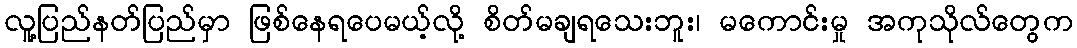
လူ့ပြည်နတ်ပြည်မှာ ဖြစ်နေရပေမယ့်လို့ စိတ်မချရသေးဘူး၊ မကောင်းမှု အကုသိုလ်တွေက